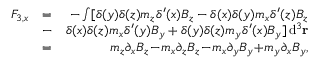
\begin{array} { r l r } { F _ { 3 , x } } & { = } & { - \int [ \delta ( y ) \delta ( z ) m _ { z } \delta ^ { \prime } ( x ) B _ { z } - \delta ( x ) \delta ( y ) m _ { x } \delta ^ { \prime } ( z ) B _ { z } } \\ & { - } & { \delta ( x ) \delta ( z ) m _ { x } \delta ^ { \prime } ( y ) B _ { y } + \delta ( y ) \delta ( z ) m _ { y } \delta ^ { \prime } ( x ) B _ { y } ] \, \mathrm { d } ^ { 3 } \mathbf r } \\ & { = } & { m _ { z } \partial _ { x } B _ { z } \! - \! m _ { x } \partial _ { z } B _ { z } \! - \! m _ { x } \partial _ { y } B _ { y } \! + \! m _ { y } \partial _ { x } B _ { y } , } \end{array}